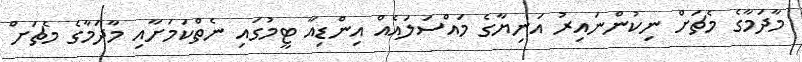
މާދަމާގެ މެޗަށް ނިކުންނައިރު އަނިޔާގެ މައްސަލައެއް އިންޑިއާ ޓީމުގައި ނެތްކަމަށާއި މާދަމާގެ މެޗަށް